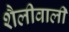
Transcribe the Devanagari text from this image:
शैलीवाली